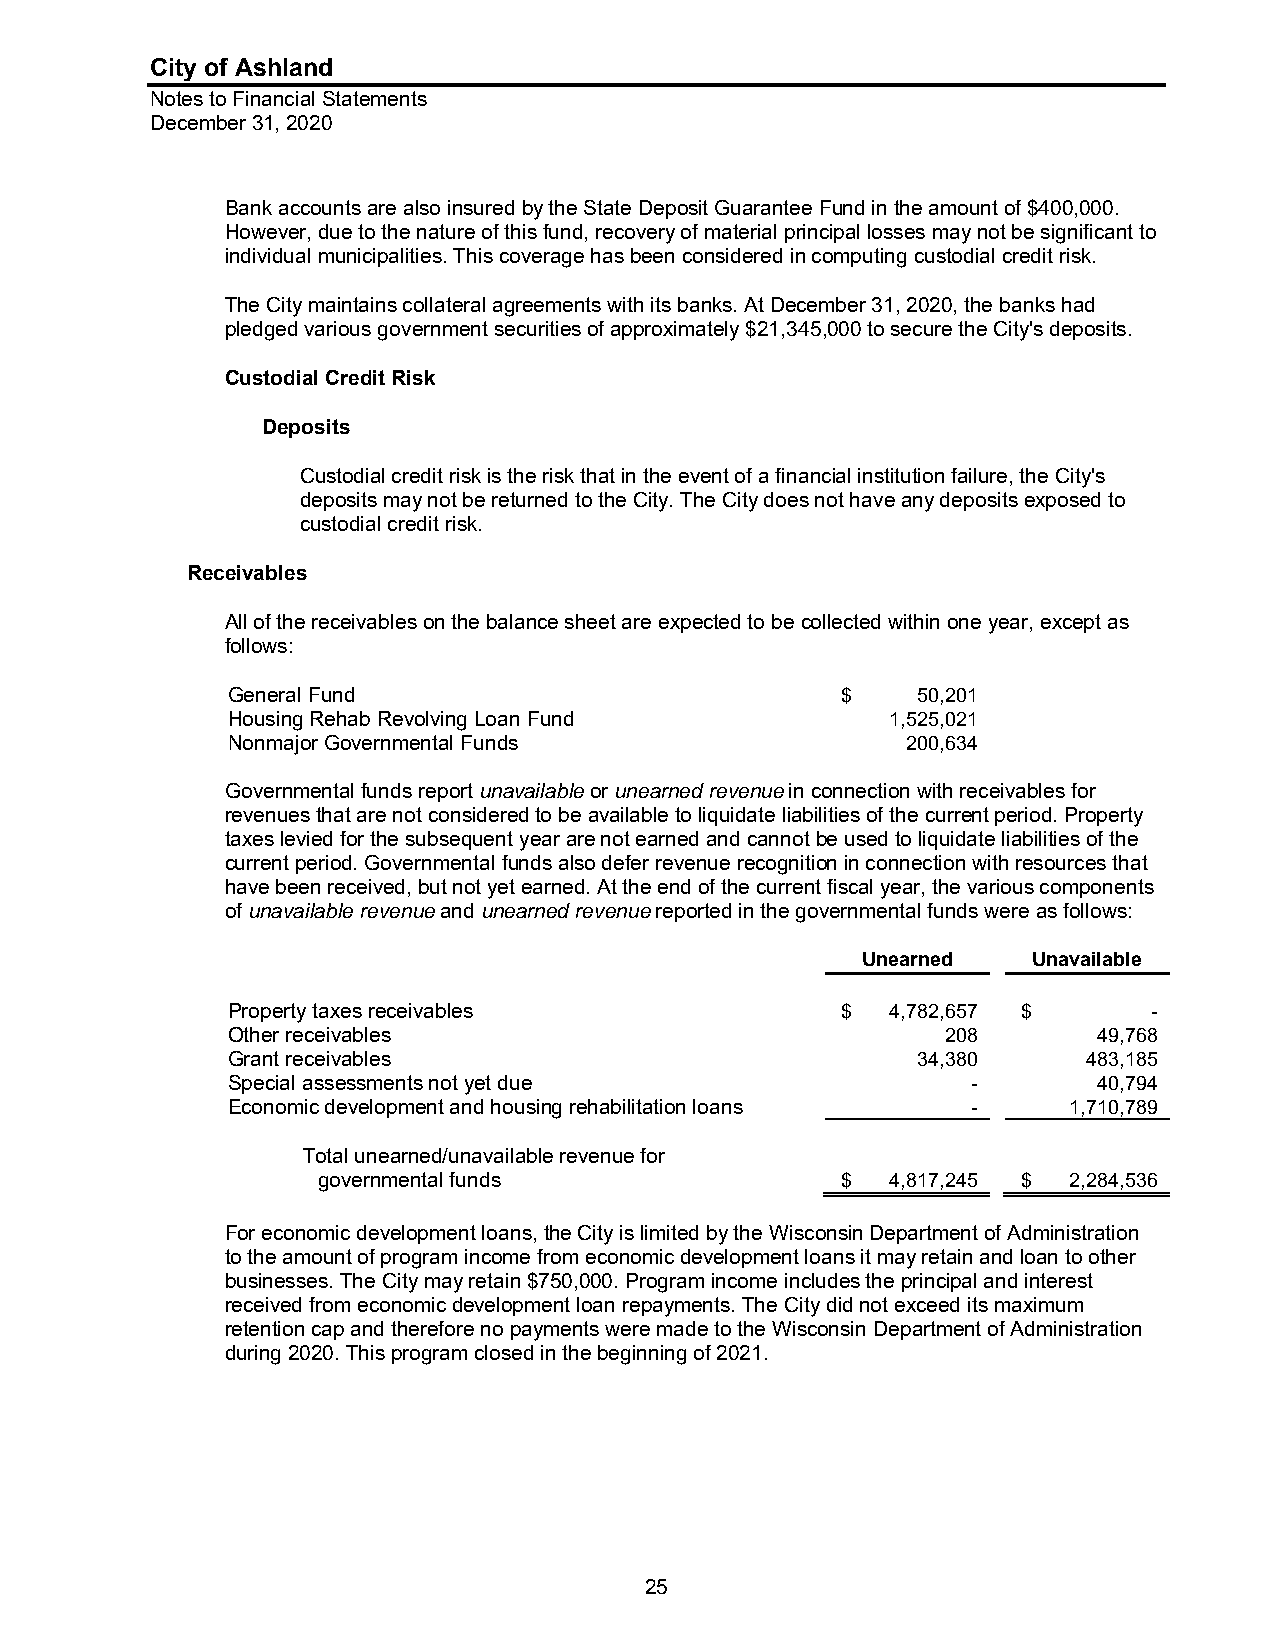
City of Ashland
 Notes to Financial Statements
 December 31, 2020
 Bank accounts are also insured by the State Deposit Guarantee Fund in the amount of $400,000.
 However, due to the nature of this fund, recovery of material principal losses may not be significant to
 individual municipalities. This coverage has been considered in computing custodial credit risk.
 The City maintains collateral agreements with its banks. At December 31, 2020, the banks had
 pledged various government securities of approximately $21,345,000 to secure the City's deposits.
 Custodial Credit Risk
 Deposits
 Custodial credit risk is the risk that in the event of a financial institution failure, the City's
 deposits may not be returned to the City. The City does not have any deposits exposed to
 custodial credit risk.
 Receivables
 All of the receivables on the balance sheet are expected to be collected within one year, except as
 follows:
 General Fund                             $    50,201
 Housing Rehab Revolving Loan Fund           1,525,021
 Nonmajor Governmental Funds                  200,634
 Governmental funds report unavailable or unearned revenue in connection with receivables for
 revenues that are not considered to be available to liquidate liabilities of the current period. Property
 taxes levied for the subsequent year are not earned and cannot be used to liquidate liabilities of the
 current period. Governmental funds also defer revenue recognition in connection with resources that
 have been received, but not yet earned. At the end of the current fiscal year, the various components
 of unavailable revenue and unearned revenue reported in the governmental funds were as follows:
 Unearned   Unavailable
 Property taxes receivables               $  4,782,657 $      -
 Other receivables                               208       49,768
 Grant receivables                             34,380     483,185
 Special assessments not yet due                  -        40,794
 Economic development and housing rehabilitation loans - 1,710,789
 Total unearned/unavailable revenue for
 governmental funds                 $  4,817,245 $ 2,284,536
 For economic development loans, the City is limited by the Wisconsin Department of Administration
 to the amount of program income from economic development loans it may retain and loan to other
 businesses. The City may retain $750,000. Program income includes the principal and interest
 received from economic development loan repayments. The City did not exceed its maximum
 retention cap and therefore no payments were made to the Wisconsin Department of Administration
 during 2020. This program closed in the beginning of 2021.
 25